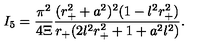
I _ { 5 } = \frac { \pi ^ { 2 } } { 4 \Xi } \frac { ( r _ { + } ^ { 2 } + a ^ { 2 } ) ^ { 2 } ( 1 - l ^ { 2 } r _ { + } ^ { 2 } ) } { r _ { + } ( 2 l ^ { 2 } r _ { + } ^ { 2 } + 1 + a ^ { 2 } l ^ { 2 } ) } .